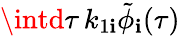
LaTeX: \intd\tau\, k_{1\mathbf{i}}\tilde{{\phi}}_{\mathbf{i}}(\tau)